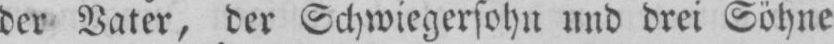
der Vater, der Schwiegersohn und drei Söhne